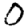
Digit: 0